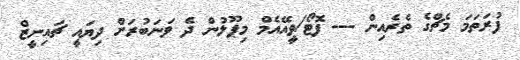
ފުރަތަމަ މެޗްގެ ތެރެއިން --- ފޮޓޯ/ވީއޭއެމް މިޕޫލުން ދެ ވަނަބުރަށް ދިޔައީ ޗައިނީޒް